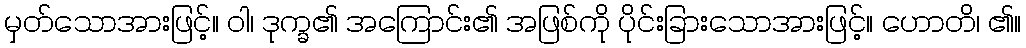
မှတ်သောအားဖြင့်။ ဝါ၊ ဒုက္ခ၏ အကြောင်း၏ အဖြစ်ကို ပိုင်းခြားသောအားဖြင့်။ ဟောတိ၊ ၏။